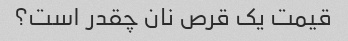
قیمت یک قرص نان چقدر است؟